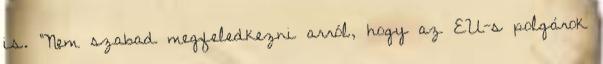
is. "Nem szabad megfeledkezni arról, hogy az EU-s polgárok